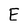
Character: E